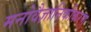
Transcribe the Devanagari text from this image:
मनोवैज्ञानिकीकरण